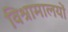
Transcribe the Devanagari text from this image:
विश्रामालयों